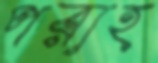
পরাহ